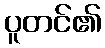
ပူတင်၏